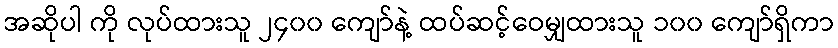
အဆိုပါ ကို လုပ်ထားသူ ၂၄၀၀ ကျော်နဲ့ ထပ်ဆင့်ဝေမျှထားသူ ၁၀၀ ကျော်ရှိကာ